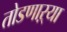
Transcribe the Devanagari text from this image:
तोडणाऱ्या